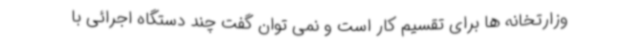
وزارتخانه ها برای تقسیم کار است و نمی توان گفت چند دستگاه اجرائی با